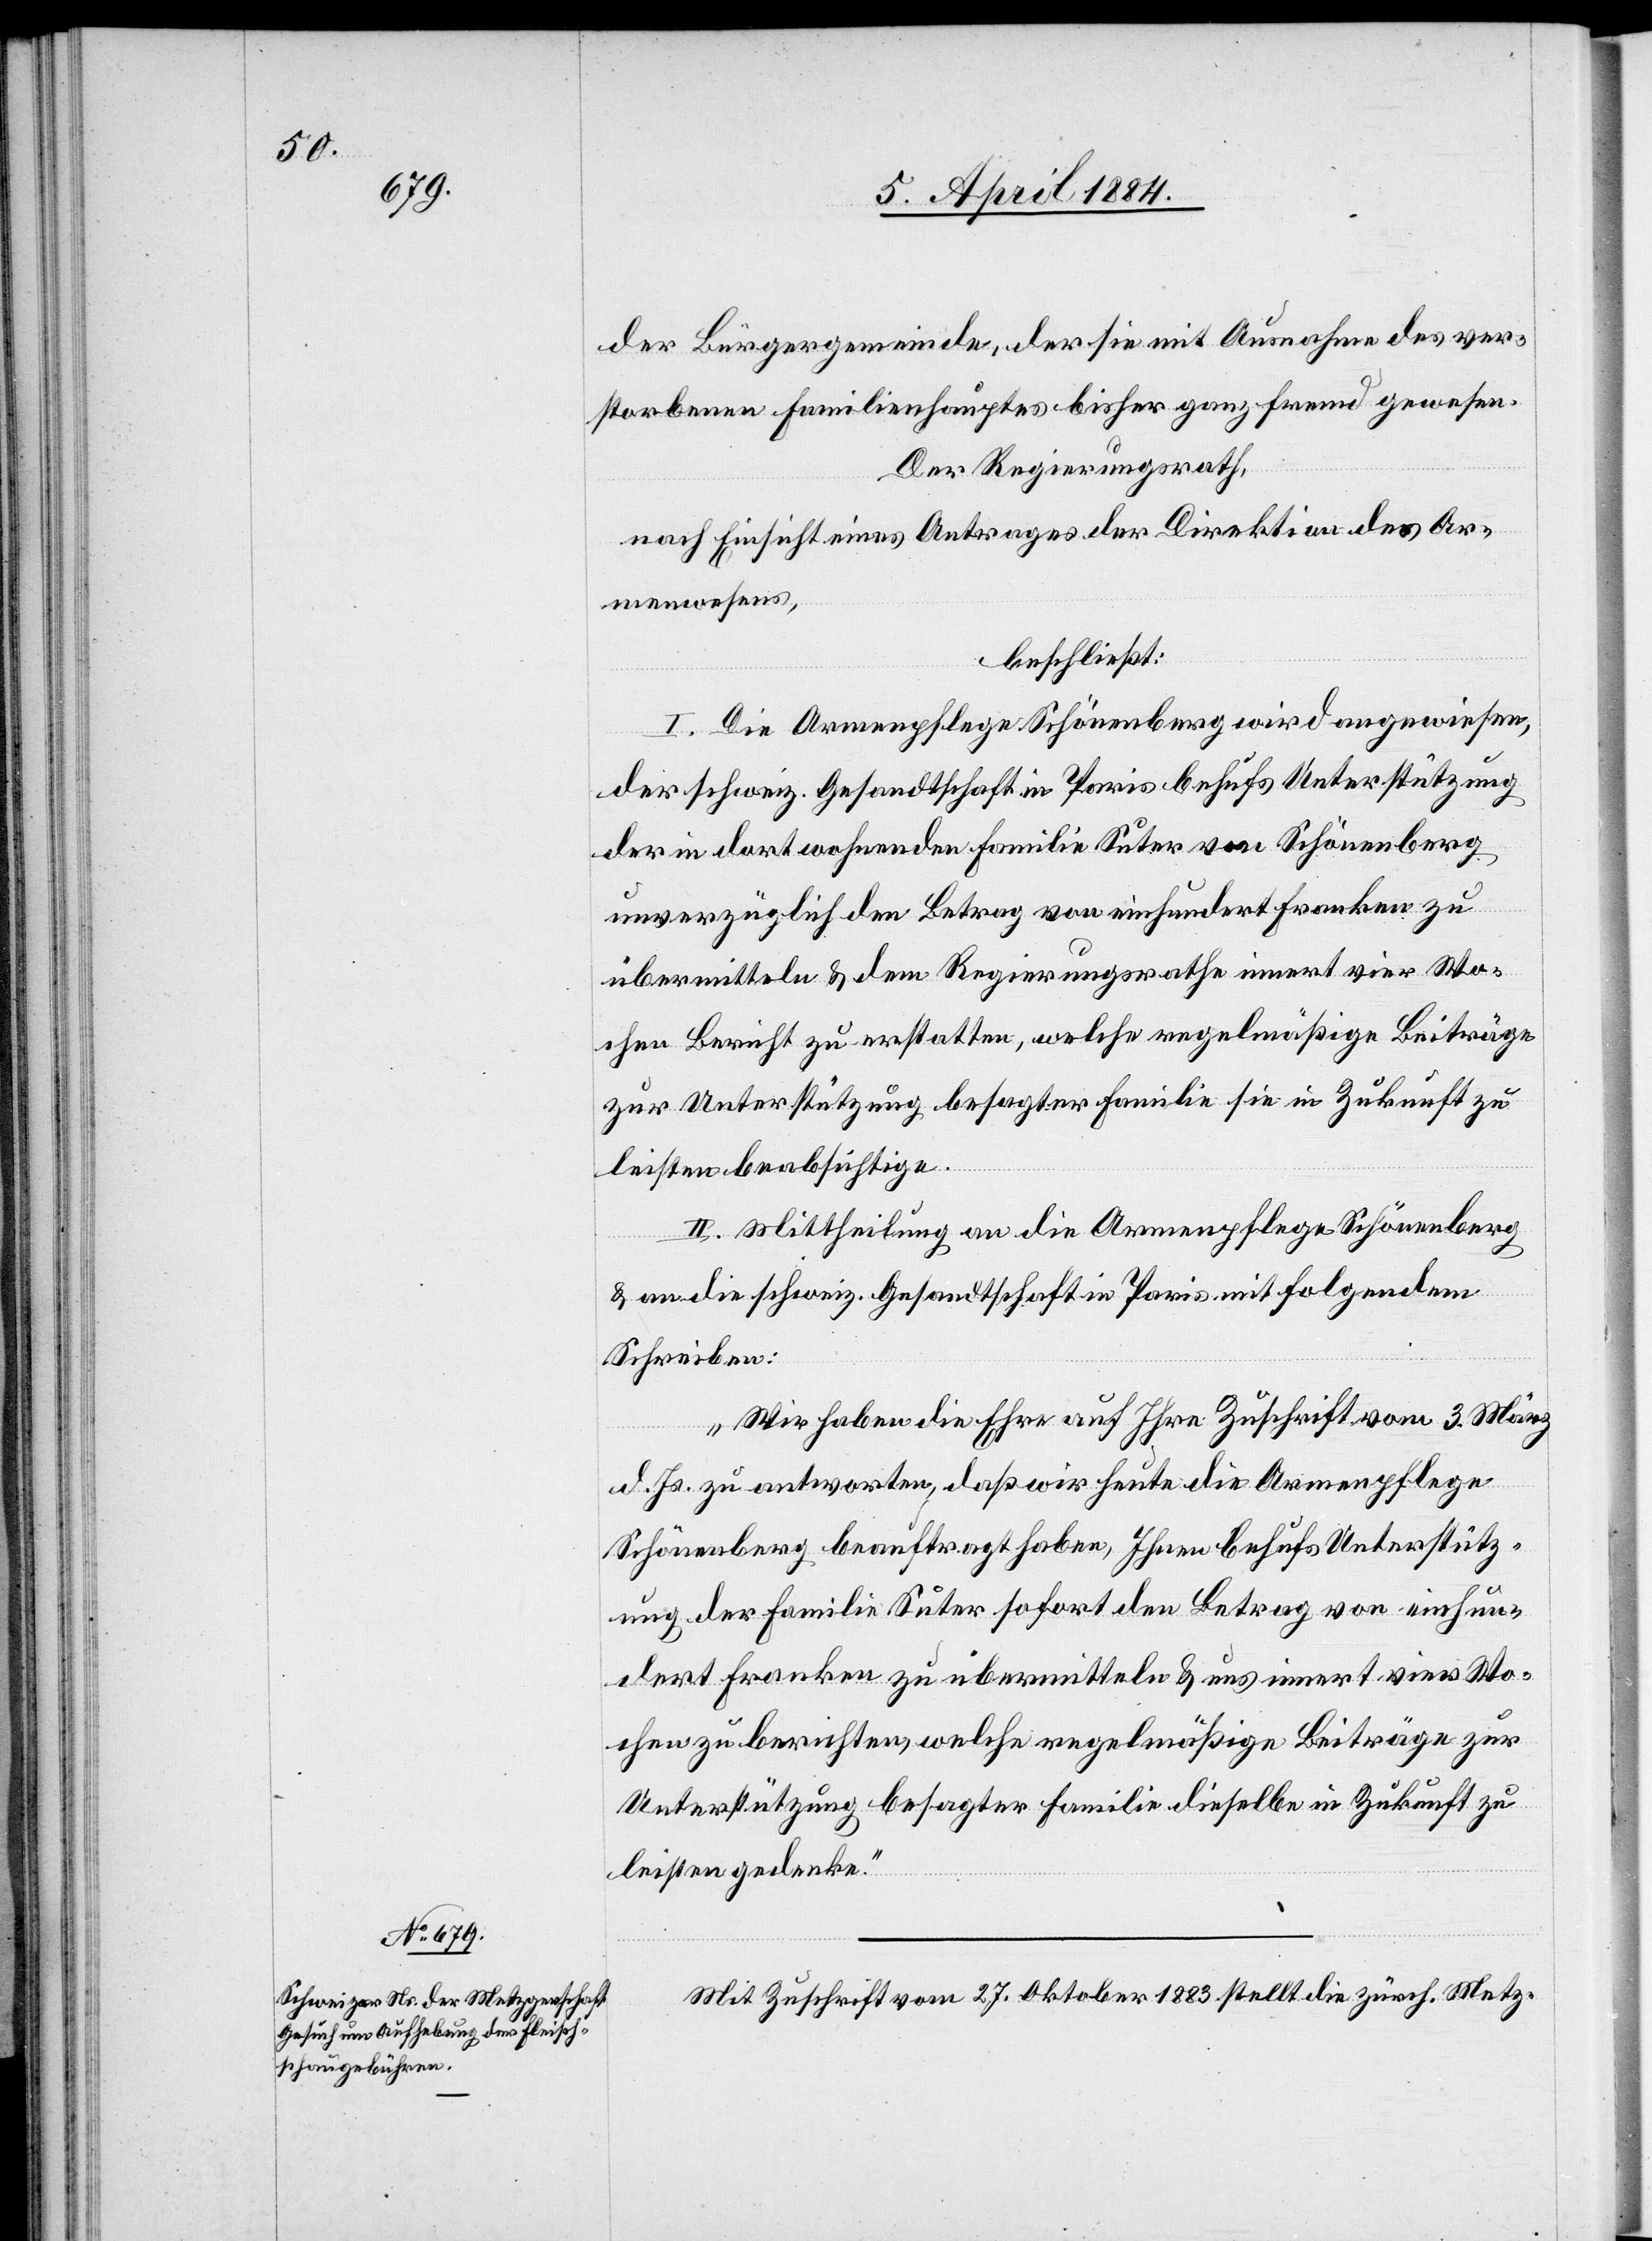
der Brüdergemeinde, der sie mit Ausnahme des ver¬
storbenen Familienhauptes bisher ganz fremd gewesen.
Der Regierungsrath,
nach Einsicht eines Antrages der Direktion des Ar¬
menwesens,
beschließt:
I. Die Armenpflege Schönenberg wird angewiesen,
der schweiz. Gesandtschaft in Paris behufs Unterstützung
der in dort wohnenden Familie Suter von Schönenberg
unverzüglich den Betrag von einhundert Franken zu
übermitteln & dem Regierungsrathe innert vier Wo¬
chen Bericht zu erstatten, welche regelmäßigen Beiträge
zur Unterstützung besagter Familie sie in Zukunft zu
leisten beabsichtige.
II. Mittheilung an die Armenpflege Schönenberg
& an die schweiz. Gesandtschaft in Paris mit folgendem
Schreiben:
„Wir haben die Ehre auf Ihre Zuschrift vom 3. März
d. Js. zu antworten, daß wir heute die Armenpflege
Schönenberg beauftragt haben, Ihren behufs Unterstütz¬
ung der Familie Suter sofort den Betrag von einhun¬
dert Franken zu übermitteln & uns innert vier Wo¬
chen zu berichten, welche regelmäßige Beiträge zur
Unterstützung besagter Familie dieselbe in Zukunft zu
leisten gedenke.“
Mit Zuschrift vom 27. Oktober 1883 stellt die zürch. Metz-